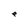
Character: e